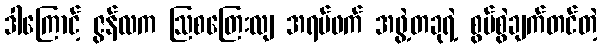
ဒါကြောင့် ဇွန်လက ဩစတြေးလျ အရပ်ဖက် အဖွဲ့တခုရဲ့ စွပ်စွဲချက်တင်တဲ့